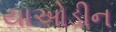
યાઓડીન